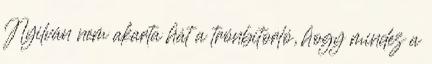
Nyilván nem akarta hát a trónbitorló, hogy mindez a